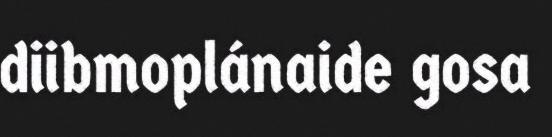
diibmoplánaide gosa